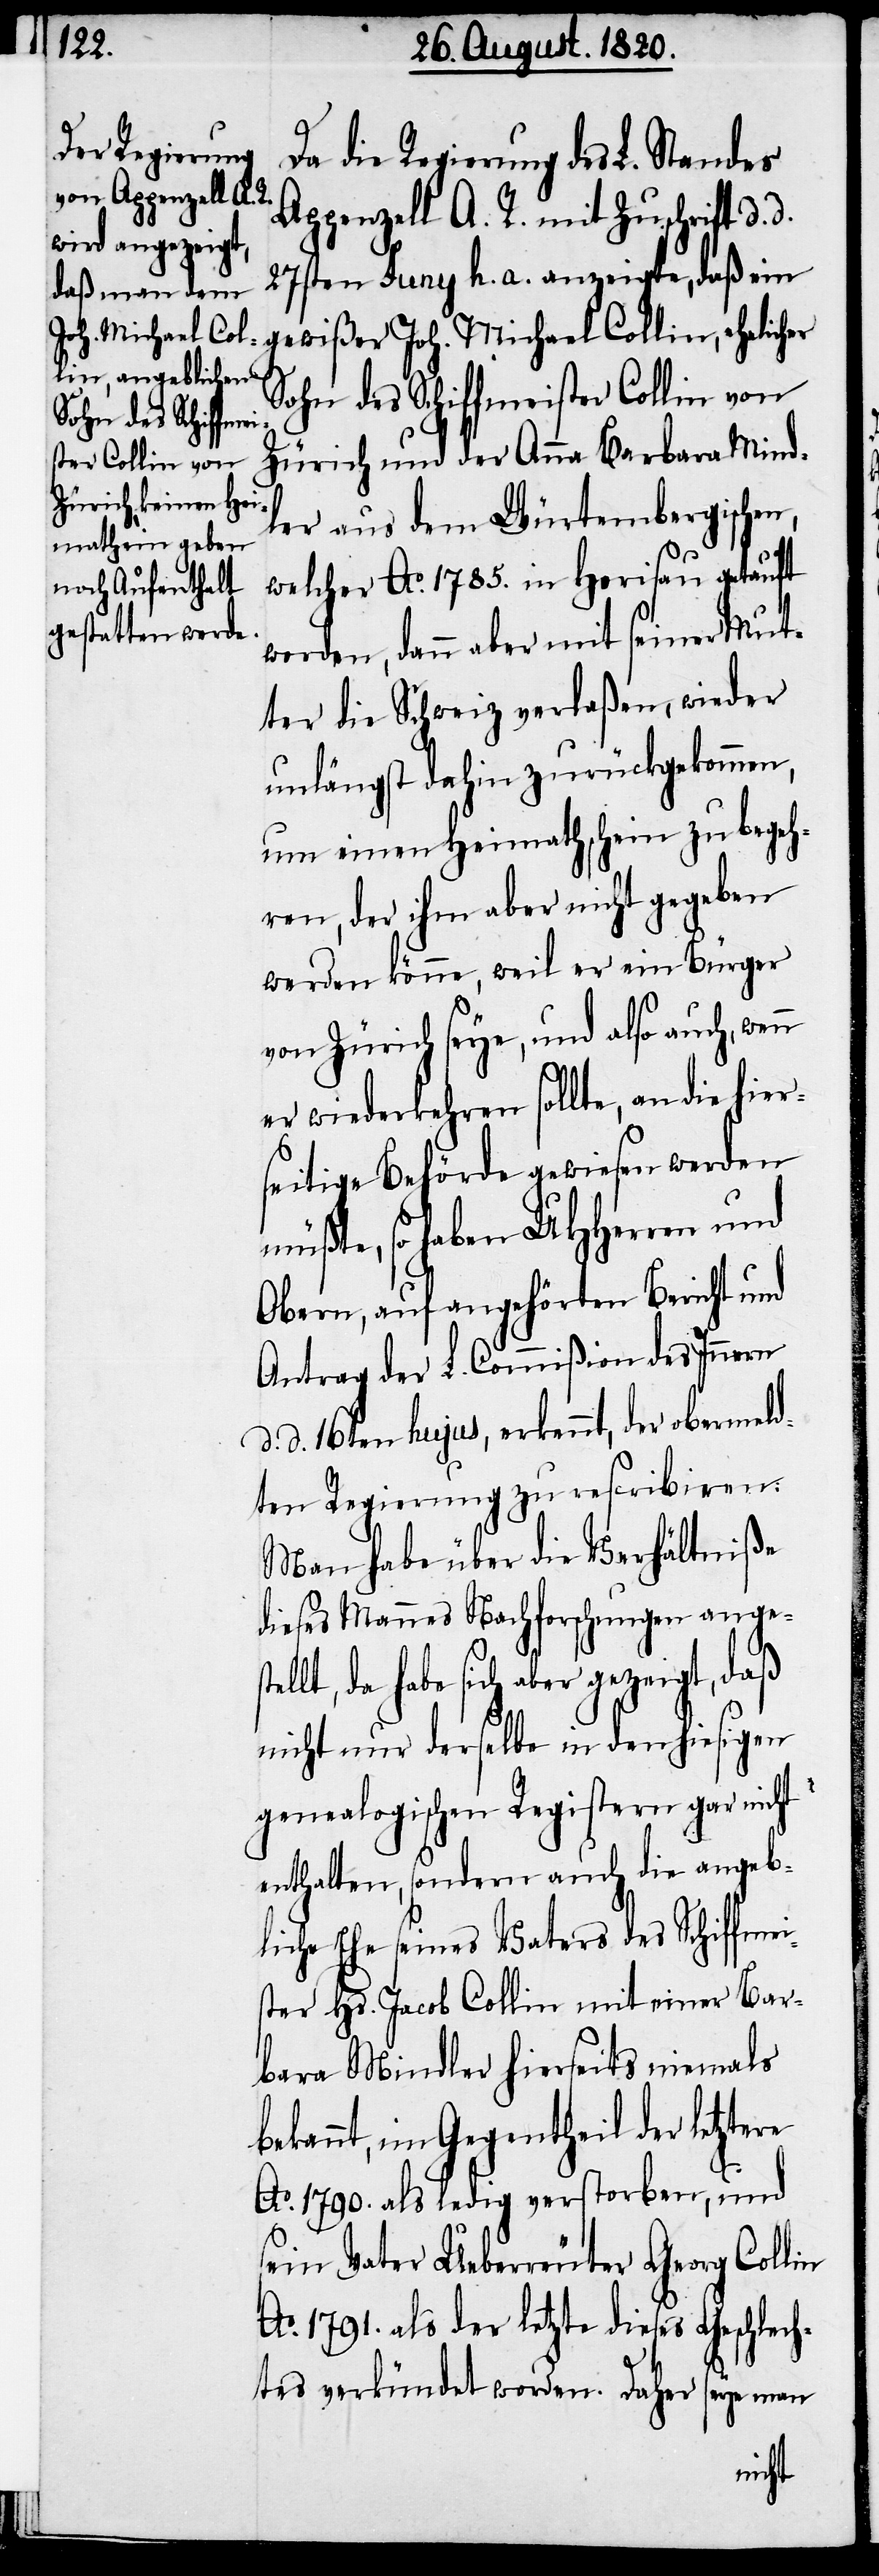
mei¬
Da die Regierung des L. Standes
Appenzell A. R. mit Zuschrift d.
27sten Juny h. a. anzeigte, daß ein
Sohn des Schiffmeister Collin von
Zürich und der Anna Barbara Mind¬
ler aus dem Würtembergischen,
welcher Ao. 1785. in Herisau getauft
worden, dann aber mit seiner Mut¬
ter die Schweiz verlaßen, wieder
unlängst dahin zurückgekommen,
um einen Heimathschein zu begeh¬
ren, der ihm aber nicht gegeben
werden könne, weil er ein Bürger
von Zürich seye, und also auch, wenn
er wiederkehren sollte, an die hier¬
seitige Behörde gewiesen werden
müßte, so haben UHHerren und
Obern, auf angehörten Bericht und
Antrag der L. Commißion des Innern
d. d. 16ten hujus, erkennt, der obermeld¬
ten Regierung zu rescribiren:
Man habe über die Verhältniße
dieses Mannes Nachforschungen ange¬
da habe sich aber gezeigt, daß
nicht nur derselbe in den hiesigen
genealogischen Registern gar nicht
enthalten, sondern auch die angeb¬
liche Ehe seines Vaters des Schiffer¬
ster Hs. Jacob Collin mit einer Bar¬
bara Mindler hierseits niemals
bekannt, im Gegentheil der letztere
Ao. 1790. als der letzte dieses Geschlec¬
htes verkündet worden. Daher seye man